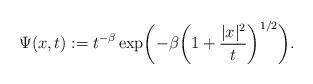
LaTeX: \begin{align*} \Psi(x,t) := t^{-\beta} \exp \biggl( -\beta \biggl( 1+\frac{|x|^2}t \biggr)^{1/2} \biggr).\end{align*}